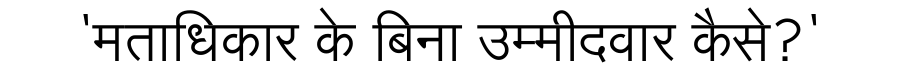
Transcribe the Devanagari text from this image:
'मताधिकार के बिना उम्मीदवार कैसे?'